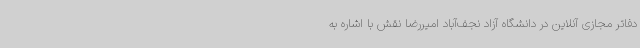
دفاتر مجازی آنلاین در دانشگاه آزاد نجف‌آباد امیررضا نقش با اشاره به